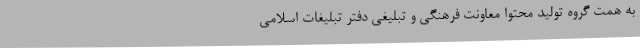
به همت گروه تولید محتوا معاونت فرهنگی و تبلیغی دفتر تبلیغات اسلامی